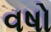
વષો